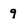
Character: 9